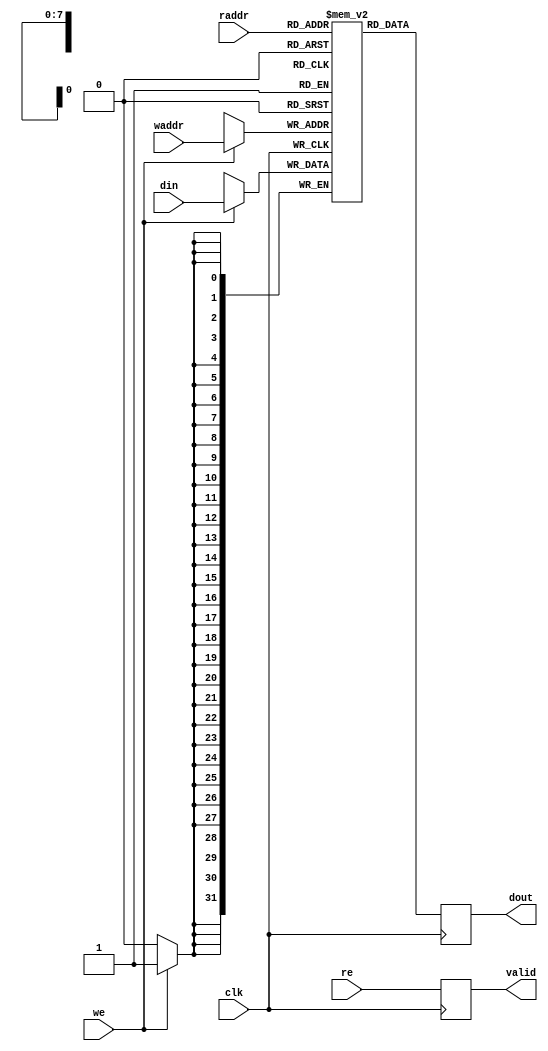
// Copyright (c) 2013-2015, Intel Corporation
//
// Redistribution and use in source and binary forms, with or without
// modification, are permitted provided that the following conditions are met:
//
// * Redistributions of source code must retain the above copyright notice,
// this list of conditions and the following disclaimer.
// * Redistributions in binary form must reproduce the above copyright notice,
// this list of conditions and the following disclaimer in the documentation
// and/or other materials provided with the distribution.
// * Neither the name of Intel Corporation nor the names of its contributors
// may be used to endorse or promote products derived from this software
// without specific prior written permission.
//
// THIS SOFTWARE IS PROVIDED BY THE COPYRIGHT HOLDERS AND CONTRIBUTORS "AS IS"
// AND ANY EXPRESS OR IMPLIED WARRANTIES, INCLUDING, BUT NOT LIMITED TO, THE
// IMPLIED WARRANTIES OF MERCHANTABILITY AND FITNESS FOR A PARTICULAR PURPOSE
// ARE DISCLAIMED. IN NO EVENT SHALL THE COPYRIGHT OWNER OR CONTRIBUTORS BE
// LIABLE FOR ANY DIRECT, INDIRECT, INCIDENTAL, SPECIAL, EXEMPLARY, OR
// CONSEQUENTIAL DAMAGES (INCLUDING, BUT NOT LIMITED TO, PROCUREMENT OF
// SUBSTITUTE GOODS OR SERVICES; LOSS OF USE, DATA, OR PROFITS; OR BUSINESS
// INTERRUPTION) HOWEVER CAUSED AND ON ANY THEORY OF LIABILITY, WHETHER IN
// CONTRACT, STRICT LIABILITY, OR TORT (INCLUDING NEGLIGENCE OR OTHERWISE)
// ARISING IN ANY WAY OUT OF THE USE OF THIS SOFTWARE, EVEN IF ADVISED OF THE
// POSSIBILITY OF SUCH DAMAGE.


module spl_sdp_mem #(
    parameter DATA_WIDTH = 32,
    parameter ADDR_WIDTH = 8
) (
    input  wire                     clk,
    input  wire                     we,
	input  wire                     re,  
    input  wire [ADDR_WIDTH-1:0]    raddr,
    input  wire [ADDR_WIDTH-1:0]    waddr,  
    input  wire [DATA_WIDTH-1:0]    din,
    output reg  [DATA_WIDTH-1:0]    dout,
    output reg                      valid
);


`ifdef VENDOR_XILINX
    (* ram_extract = "yes", ram_style = "block" *)
    reg  [DATA_WIDTH-1:0]         mem[0:2**ADDR_WIDTH-1];
`else
(* ramstyle = "no_rw_check" *) reg  [DATA_WIDTH-1:0] mem[0:2**ADDR_WIDTH-1];
`endif

reg  [ADDR_WIDTH-1:0] raddr_d1;


    always @(posedge clk) begin

        if (we)
            mem[waddr] <= din;
			
        //if (re)
        //    raddr_d1 <= raddr;
            
        dout  <= mem[raddr];
        valid <= re;
    end


			
endmodule